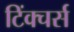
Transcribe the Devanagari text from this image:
टिंक्चर्स